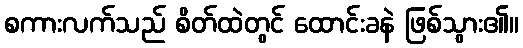
စကားလက်သည် စိတ်ထဲတွင် ထောင်းခနဲ ဖြစ်သွား၏။